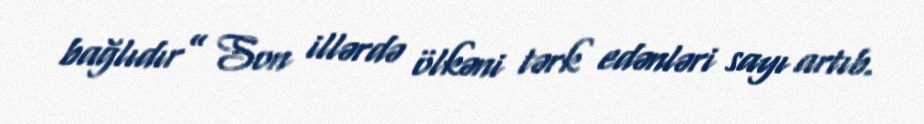
bağlıdır” Son illərdə ölkəni tərk edənləri sayı artıb.